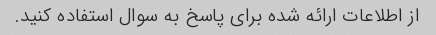
از اطلاعات ارائه شده برای پاسخ به سوال استفاده کنید.